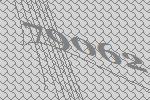
79062